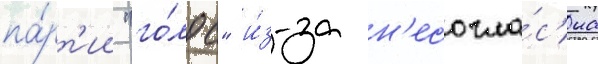
па́рт'ии "го́лос" и́з-за н'есогла́с'иа